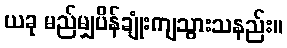
ယခု မည်မျှပိန်ချုံးကျသွားသနည်း။